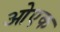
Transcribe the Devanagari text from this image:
ओएक